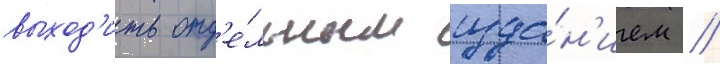
выход'ить отд'е́льным изда́н'ием //